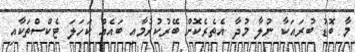
މާ ބޮޑު ބުރައަކާ ނުލާ މުދާ އެތެރެކޮށް ބޭރުކުރުމާއި ބައެއް ކަހަލަ ޓެކްސްތަކާއި